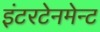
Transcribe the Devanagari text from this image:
इंटरटेनमेन्ट